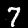
Digit: 7